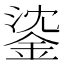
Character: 𨧁